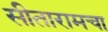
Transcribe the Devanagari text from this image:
सीतारामचा